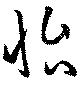
怡